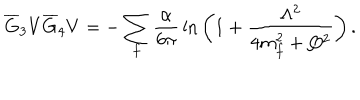
\overline { { G } } _ { 3 } V \overline { { G } } _ { 4 } V = - \sum _ { f } { \frac { \alpha } { 6 \pi } } \ln { \bigg ( 1 + { \frac { \Lambda ^ { 2 } } { 4 m _ { f } ^ { 2 } + Q ^ { 2 } } } \bigg ) } \, .